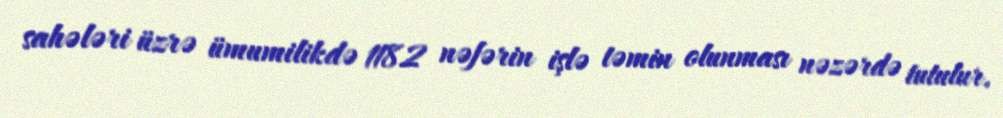
sahələri üzrə ümumilikdə 1182 nəfərin işlə təmin olunması nəzərdə tutulur.